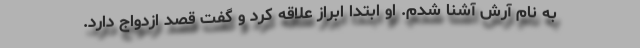
به نام آرش آشنا شدم. او ابتدا ابراز علاقه کرد و گفت قصد ازدواج دارد.